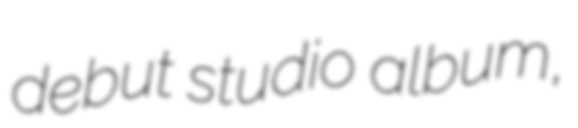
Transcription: debut studio album,